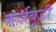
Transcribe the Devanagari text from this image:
कर्जबुडी